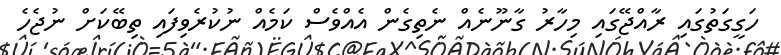
ހަގީގަތުގައި ރާއްޖޭގައި މިހާރު ގާނޫނެއް ނެތިގެން އެއްވެސް ކަމެއް ނުކުރެވިފައި ތިބޭކަށް ނުޖެހެ